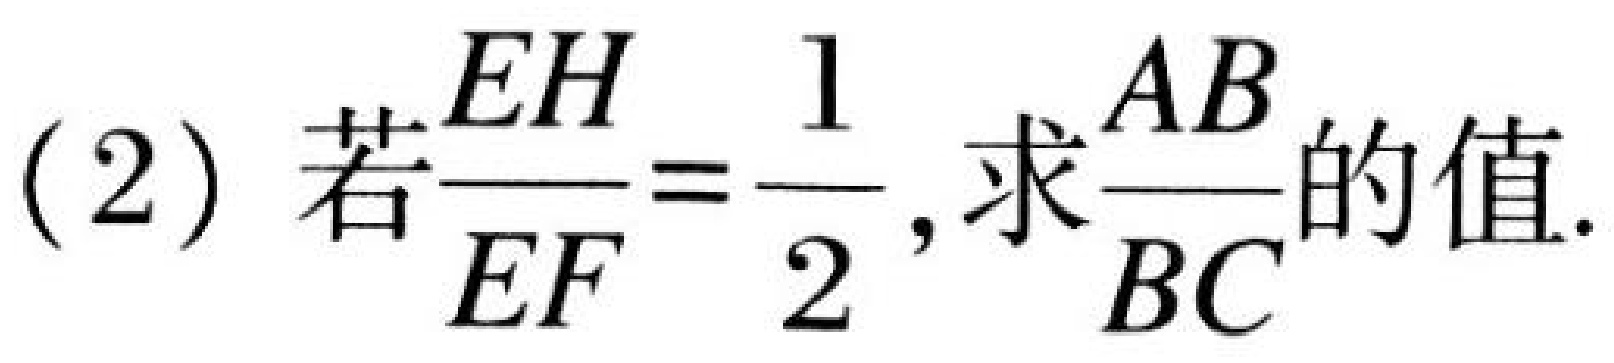
(2) 若\(\frac{EH}{EF}=\frac{1}{2}\)，求\(\frac{AB}{BC}\)的值.